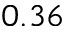
0 . 3 6